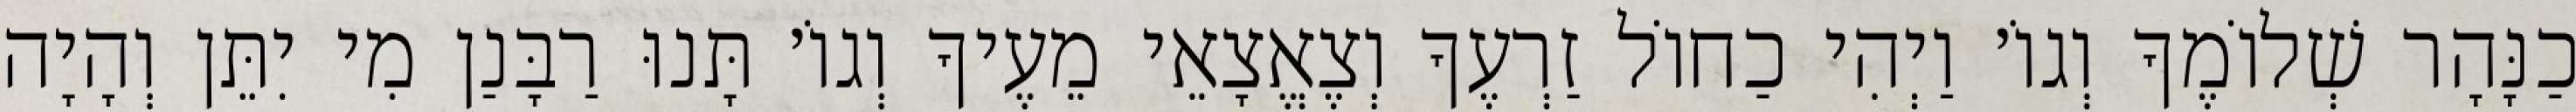
כַנָּהָר שְׁלוֹמֶךָ וְגוֹ׳ וַיְהִי כַחוֹל זַרְעֶךָ וְצֶאֱצָאֵי מֵעֶיךָ וְגוֹ׳ תָּנוּ רַבָּנַן מִי יִתֵּן וְהָיָה